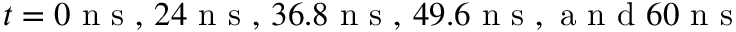
t = 0 \mathrm { ~ n ~ s ~ , ~ } 2 4 \mathrm { ~ n ~ s ~ , ~ } 3 6 . 8 \mathrm { ~ n ~ s ~ , ~ } 4 9 . 6 \mathrm { ~ n ~ s ~ , ~ a ~ n ~ d ~ } 6 0 \mathrm { ~ n ~ s ~ }